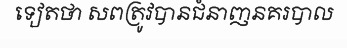
ទៀតថា សពត្រូវបានជំនាញនគរបាល